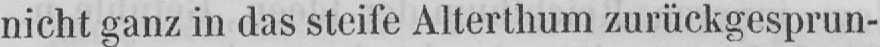
nicht ganz in das steife Alterthum zurückgesprun-